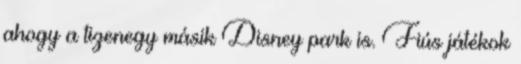
ahogy a tizenegy másik Disney park is. Fiús játékok